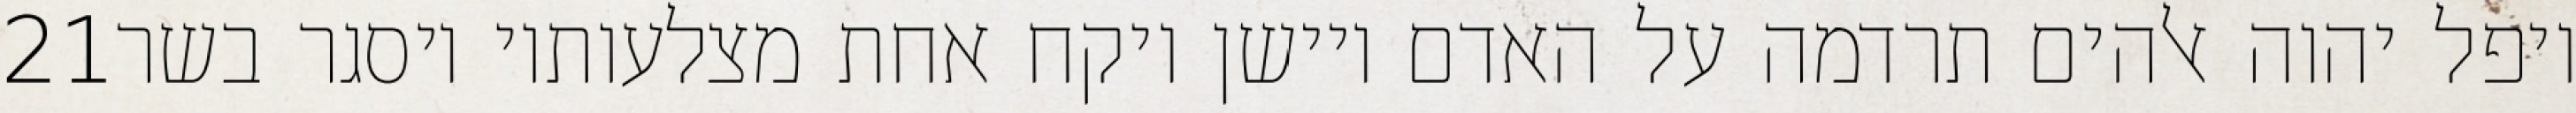
‎21‏ ויפל יהוה אלהים תרדמה על האדם ויישן ויקח אחת מצלעותיו ויסגר בשר